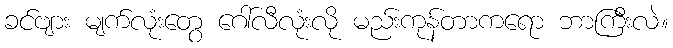
ခင်ဗျား မျက်လုံးတွေ ဂေါ်လီလုံးလို မည်းကုန်တာကရော ဘာကြီးလဲ။